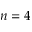
n = 4